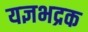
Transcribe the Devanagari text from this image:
यज्ञभद्रक